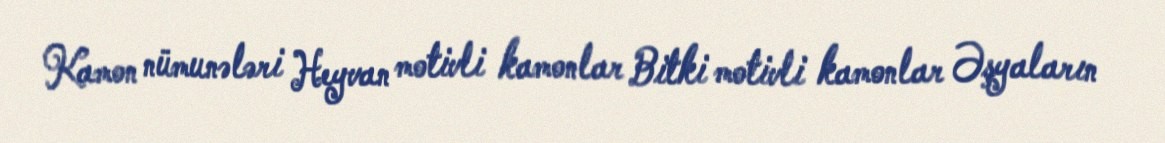
Kamon nümunələri Heyvan motivli kamonlar Bitki motivli kamonlar Əşyaların